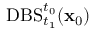
\mathrm { D B S } _ { t _ { 1 } } ^ { t _ { 0 } } ( \mathbf { x } _ { 0 } )